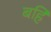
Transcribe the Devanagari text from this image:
बर्हि